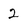
Character: 2